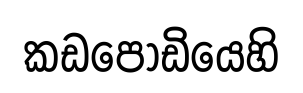
කඩපොඩියෙහි